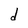
Character: d